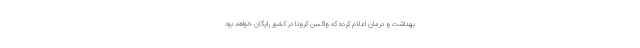
بهداشت و درمان اعلام کرده که واکسن کرونا در کشور رایگان خواهد بود